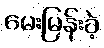
မေးမြန်းခဲ့